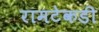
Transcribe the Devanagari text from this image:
रामटेकडी